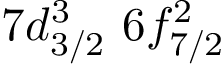
7 d _ { 3 / 2 } ^ { 3 } \, \, 6 f _ { 7 / 2 } ^ { 2 } \, \,